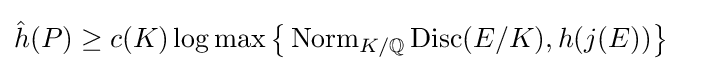
{\hat {h}}(P)\geq c(K)\log \max {\bigl \{}\operatorname {Norm} _{K/\mathbb {Q} }\operatorname {Disc} (E/K),h(j(E)){\bigr \}}\quad